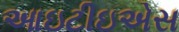
આઇટીઇએસ